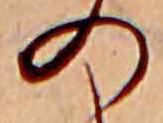
の